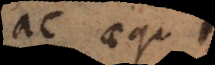
er aequ